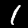
Label: 1